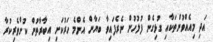
އަދި މިއެއްވުންތަކާއި ގުޅިގެން ފުލުހުން ނެރެފައިވާ ބަޔާން އެންމެ ހަރުކަށި އިބާރާތުން ކުށްވެރިކުރާ